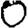
Digit: 0